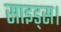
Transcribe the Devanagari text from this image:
साइड्स।